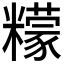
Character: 𱹦